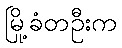
မြို့ခံတဦးက